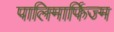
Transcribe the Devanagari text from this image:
पालिमार्फिज्म